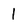
Character: 1